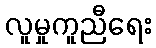
လူမှုကူညီရေး